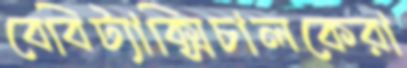
বেবিট্যাক্সিচালকেরা